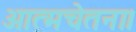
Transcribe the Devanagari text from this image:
आत्मचेतना।